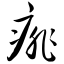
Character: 痱